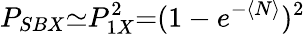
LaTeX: P_{SBX}{\simeq}P_{1X}^{2}{=}(1-e^{-\langle N\rangle})^{2}